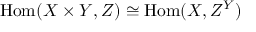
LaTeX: \mathrm { H o m } ( X \times Y , Z ) \cong \mathrm { H o m } ( X , Z ^ { Y } )